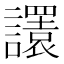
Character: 𧭴